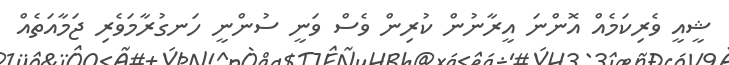
ޝީއީ ވެރިކަމެއް އޮންނަ އީރާނުން ކުރިން ވެސް ވަނީ ސުންނީ ހަނގުރާމަވެރި ޖަމާއަތެއް